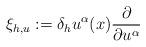
LaTeX: \begin{align*}\xi_{h,u}:=\delta_h u^\alpha(x) \frac{\partial}{\partial u^\alpha}\end{align*}